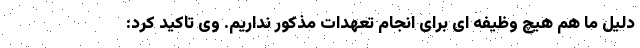
دلیل ما هم هیچ وظیفه ای برای انجام تعهدات مذکور نداریم. وی تاکید کرد: